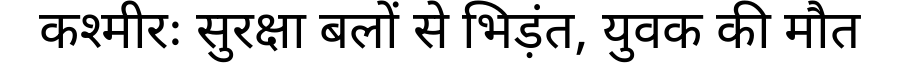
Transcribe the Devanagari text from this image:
कश्मीरः सुरक्षा बलों से भिड़ंत, युवक की मौत